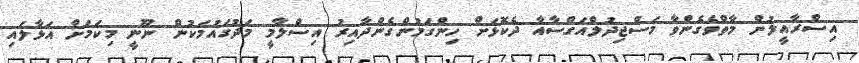
އިސްރާއީލުން މާތްވެގެންވާ މަސްޖިދުލްއަގްސާއާ ދެކޮޅަށް ހިންގަމުންގެންދާއިރު އިސްލާމީ މަދުގައުމަކުން ނޫނީ މިކަމަށް އަޅާލައި